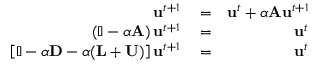
\begin{array} { r l r } { \mathbf { u } ^ { t + 1 } } & { { } = } & { \mathbf { u } ^ { t } + \alpha \mathbf { A } \mathbf { u } ^ { t + 1 } } \\ { \left( \mathbb { I } - \alpha \mathbf { A } \right) \mathbf { u } ^ { t + 1 } } & { { } = } & { \mathbf { u } ^ { t } } \\ { \left[ \mathbb { I } - \alpha \mathbf { D } - \alpha ( \mathbf { L } + \mathbf { U } ) \right] \mathbf { u } ^ { t + 1 } } & { { } = } & { \mathbf { u } ^ { t } } \end{array}